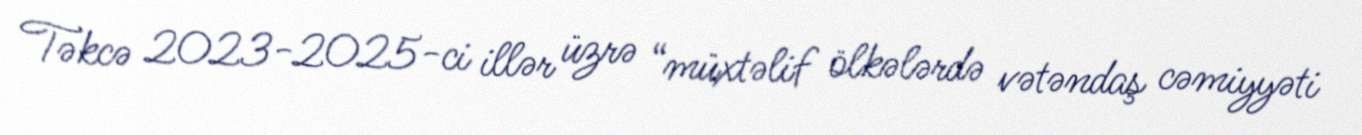
Təkcə 2023-2025-ci illər üzrə “müxtəlif ölkələrdə vətəndaş cəmiyyəti